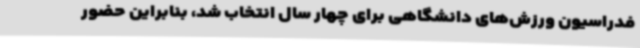
فدراسیون‌ ورزش‌های دانشگاهی برای چهار سال انتخاب شد، بنابراین حضور